Lunatic asylums Punjab 1911-1921 - 1911-1921
Year: 1911
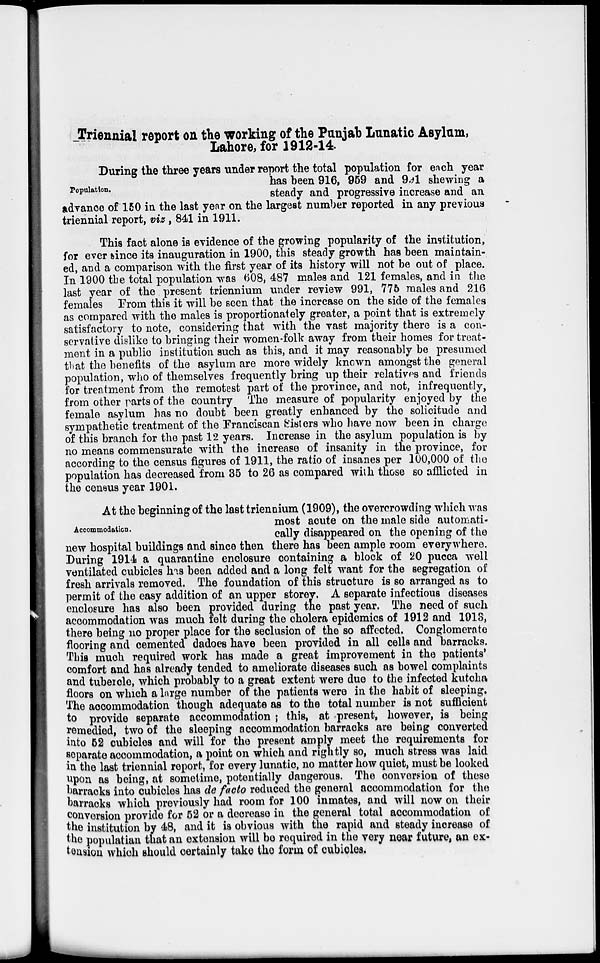
Triennial report on the working of the Punjab Lunatic Asylum,
Lahore, for 1912-14.
Population.
During the three years under report the total population for each year
has been 916, 959 and 991 shewing a
steady and progressive increase and an
advance of 150 in the last year on the largest number reported in any previous
triennial report, viz, 841 in 1911.
This fact alone is evidence of the growing popularity of the institution,
for ever since its inauguration in 1900, this steady growth has been maintain-
ed, and a comparison with the first year of its history will not be out of place.
In 1900 the total population was 608, 487 males and 121 females, and in the
last year of the present triennium under review 991, 775 males and 216
females From this it will be seen that the increase on the side of the females
as compared with the males is proportionately greater, a point that is extremely
satisfactory to note, considering that with the vast majority there is a con-
servative dislike to bringing their women-folk away from their homes for treat-
ment in a public institution such as this, and it may reasonably be presumed
that the benefits of the asylum are more widely known amongst the general
population, who of themselves frequently bring up their relatives and friends
for treatment from the remotest part of the province, and not, infrequently,
from other parts of the country The measure of popularity enjoyed by the
female asylum has no doubt been greatly enhanced by the solicitude and
sympathetic treatment of the Franciscan Sisters who have now been in charge
of this branch for the past 12 years. Increase in the asylum population is by
no means commensurate with the increase of insanity in the province, for
according to the census figures of 1911, the ratio of insanes per 100,000 of the
population has decreased from 35 to 26 as compared with those so afflicted in
the census year 1901.
Accommodation.
At the beginning of the last triennium (1909), the overcrowding which was
most acute on the male side automati-
cally disappeared on the opening of the
new hospital buildings and since then there has been ample room everywhere.
During 1914 a quarantine enclosure containing a block of 20 pucca well
ventilated cubicles has been added and a long felt want for the segregation of
fresh arrivals removed. The foundation of this structure is so arranged as to
permit of the easy addition of an upper storey. A separate infectious diseases
enclosure has also been provided during the past year. The need of such
accommodation was much felt during the cholera epidemics of 1912 and 1913,
there being no proper place for the seclusion of the so affected. Conglomerate
flooring and cemented dadoes have been provided in all cells and barracks.
This much required work has made a great improvement in the patients'
comfort and has already tended to ameliorate diseases such as bowel complaints
and tubercle, which probably to a great extent were due to the infected kutcha
floors on which a large number of the patients were in the habit of sleeping.
The accommodation though adequate as to the total number is not sufficient
to provide separate accommodation ; this, at present, however, is being
remedied, two of the sleeping accommodation barracks are being converted
into 52 cubicles and will for the present amply meet the requirements for
separate accommodation, a point on which and rightly so, much stress was laid
in the last triennial report, for every lunatic, no matter how quiet, must be looked
upon as being, at sometime, potentially dangerous. The conversion of these
barracks into cubicles has de facto reduced the general accommodation for the
barracks which previously had room for 100 inmates, and will now on their
conversion provide for 52 or a decrease in the general total accommodation of
the institution by 48, and it is obvious with the rapid and steady increase of
the populatian that an extension will be required in the very near future, an ex-
tension which should certainly take the form of cubicles.